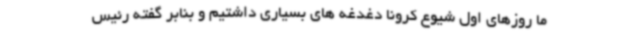
ما روزهای اول شیوع کرونا دغدغه های بسیاری داشتیم و بنابر گفته رئیس